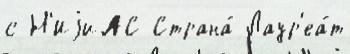
с Н'ИjиАС Страна́ Лаур'еа́т